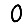
Digit: 0